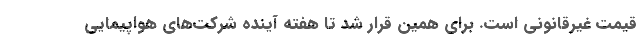
قیمت غیرقانونی است. برای همین قرار شد تا هفته آینده شرکت‌های هواپیمایی